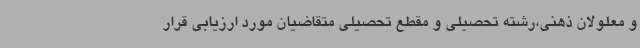
و معلولان ذهنی،رشته تحصیلی و مقطع تحصیلی متقاضیان مورد ارزیابی قرار